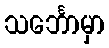
သင်္ဘောမှာ